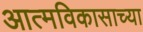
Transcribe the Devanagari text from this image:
आत्मविकासाच्या